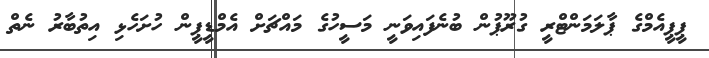
ޕީޕީއެމްގެ ޕާލަމަންޓްރީ ގުރޫޕުން ބުނެފައިވަނީ މަސީހުގެ މައްޗަށް އެމްޑީޕީން ހުށަހެޅި އިތުބާރު ނެތް